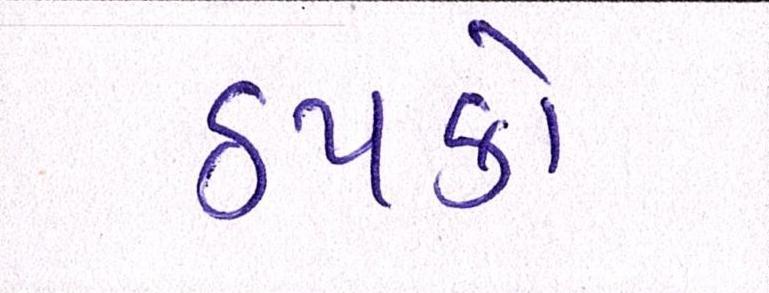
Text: ઠપકો